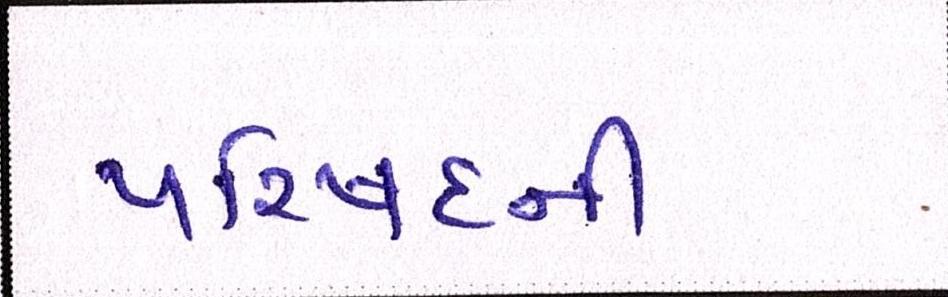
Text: પરિષદની